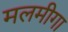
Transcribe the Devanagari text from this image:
मलमीगा